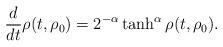
LaTeX: \begin{align*} \frac d{dt}\rho(t,\rho_0)=2^{-\alpha}\tanh^{\alpha}\rho(t,\rho_0).\end{align*}